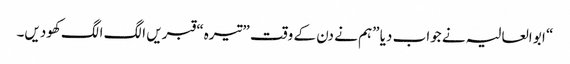
“ ابو العالیہ نے جواب دیا ”ہم نے دن کے وقت ”تیرہ“ قبریں الگ الگ کھودیں۔